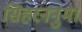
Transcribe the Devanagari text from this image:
सिहरननुमा